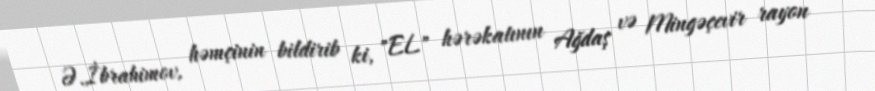
Ə.İbrahimov, həmçinin bildirib ki, "EL" hərəkatının Ağdaş və Mingəçevir rayon